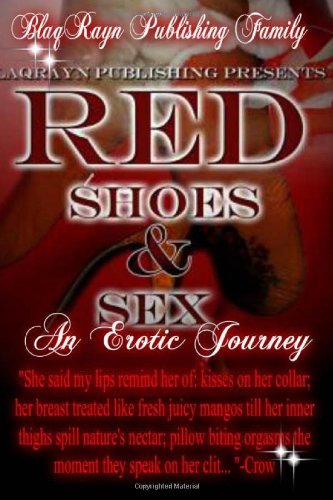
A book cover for Red Shoes & Sex: An Erotic Journey; Blaqrayn Publishing Family; Romance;